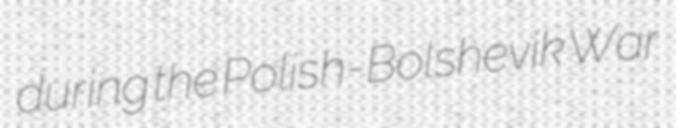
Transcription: during the Polish-Bolshevik War